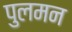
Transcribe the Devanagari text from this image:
पुलमन